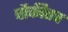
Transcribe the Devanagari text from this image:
चौकीतच